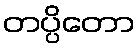
တပ္ပိတော